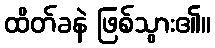
ထိတ်ခနဲ ဖြစ်သွား၏။